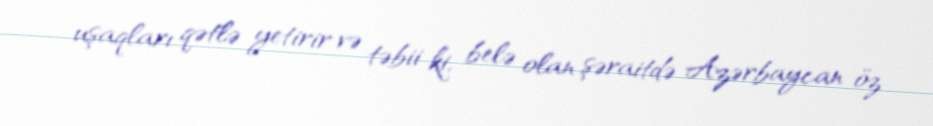
uşaqları qətlə yetirir və təbii ki, belə olan şəraitdə Azərbaycan öz